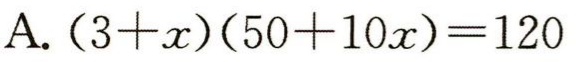
A. \((3 + x)(50 + 10x)=120\)